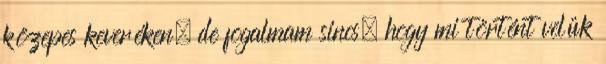
közepes keveréken, de fogalmam sincs, hogy mi történt velük